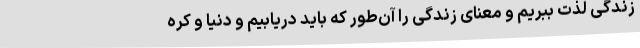
زندگی لذت ببریم و معنای زندگی را آن‌طور که باید دریابیم و دنیا و کره